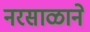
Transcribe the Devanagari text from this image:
नरसाळाने